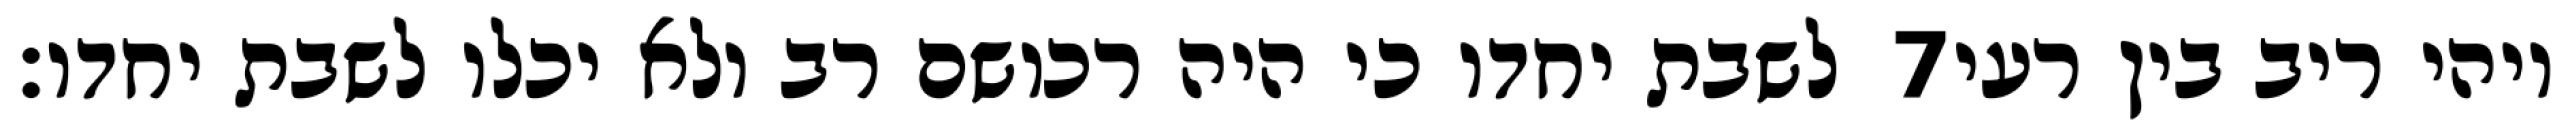
לשבת יחדו כי היה רכושם רב ולא יכלו לשבת יחדו׃ ‎7‏ ויהי ריב בין רעי